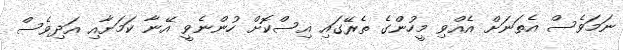
ނަމަވެސް އެތަނަށް އެއްވި މީހުންގެ ތެރޭގައި އިސްކޮށް ހުންނެވީ އޭނާ ކަމަށާއި އަދިވެސް